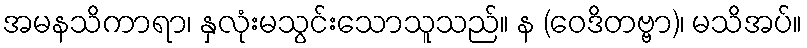
အမနသိကာရာ၊ နှလုံးမသွင်းသောသူသည်။ န (ဝေဒိတဗ္ဗာ)၊ မသိအပ်။